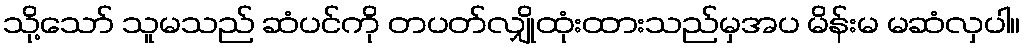
သို့သော် သူမသည် ဆံပင်ကို တပတ်လျှိုထုံးထားသည်မှအပ မိန်းမ မဆံလှပါ။